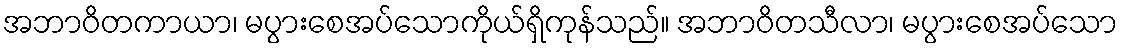
အဘာဝိတကာယာ၊ မပွားစေအပ်သောကိုယ်ရှိကုန်သည်။ အဘာဝိတသီလာ၊ မပွားစေအပ်သော